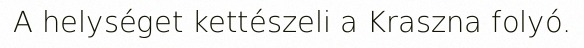
A helységet kettészeli a Kraszna folyó.